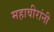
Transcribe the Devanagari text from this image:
महावीरांनी